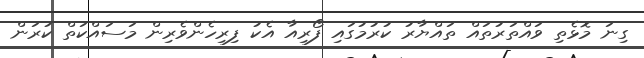
ގިނަ މޮޅެތި ވައްތަރުތައް ތައްޔާރު ކުރުުމުގައި ފޯރިއާ އެކު ފިރިހެންވެރިން މަސައްކަތް ކުރަން